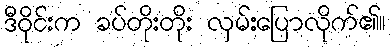
ဒီဝိုင်းက ခပ်တိုးတိုး လှမ်းပြောလိုက်၏။